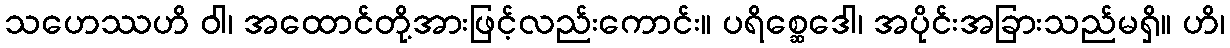
သဟေဿဟိ ဝါ၊ အထောင်တို့အားဖြင့်လည်းကောင်း။ ပရိစ္ဆေဒေါ၊ အပိုင်းအခြားသည်မရှိ။ ဟိ၊